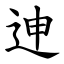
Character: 迧